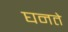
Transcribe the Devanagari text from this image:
घनते